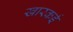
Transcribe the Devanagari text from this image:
खारकई